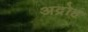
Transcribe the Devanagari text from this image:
अद्रोह